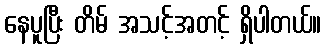
နေပူပြီး တိမ် အသင့်အတင့် ရှိပါတယ်။